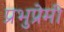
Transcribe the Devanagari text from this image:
प्रभुप्रेमी